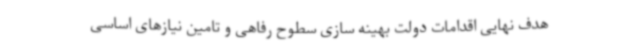
هدف نهایی اقدامات دولت بهینه سازی سطوح رفاهی و تامین نیازهای اساسی